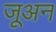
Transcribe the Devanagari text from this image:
जूअन